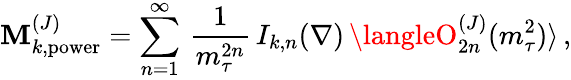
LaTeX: {\cal\mathbf{M}}_{k,\mathrm{{power}}}^{(J)}=\sum_{n=1}^{\infty}\, {\frac{{1}}{{m_{\tau}^{2n}}}}\, I_{k,n}(\nabla)\, \langleO_{2n}^{(J)}(m_{\tau}^{2})\rangle\, ,